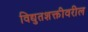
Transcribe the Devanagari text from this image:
विद्युतशक्तीवरील